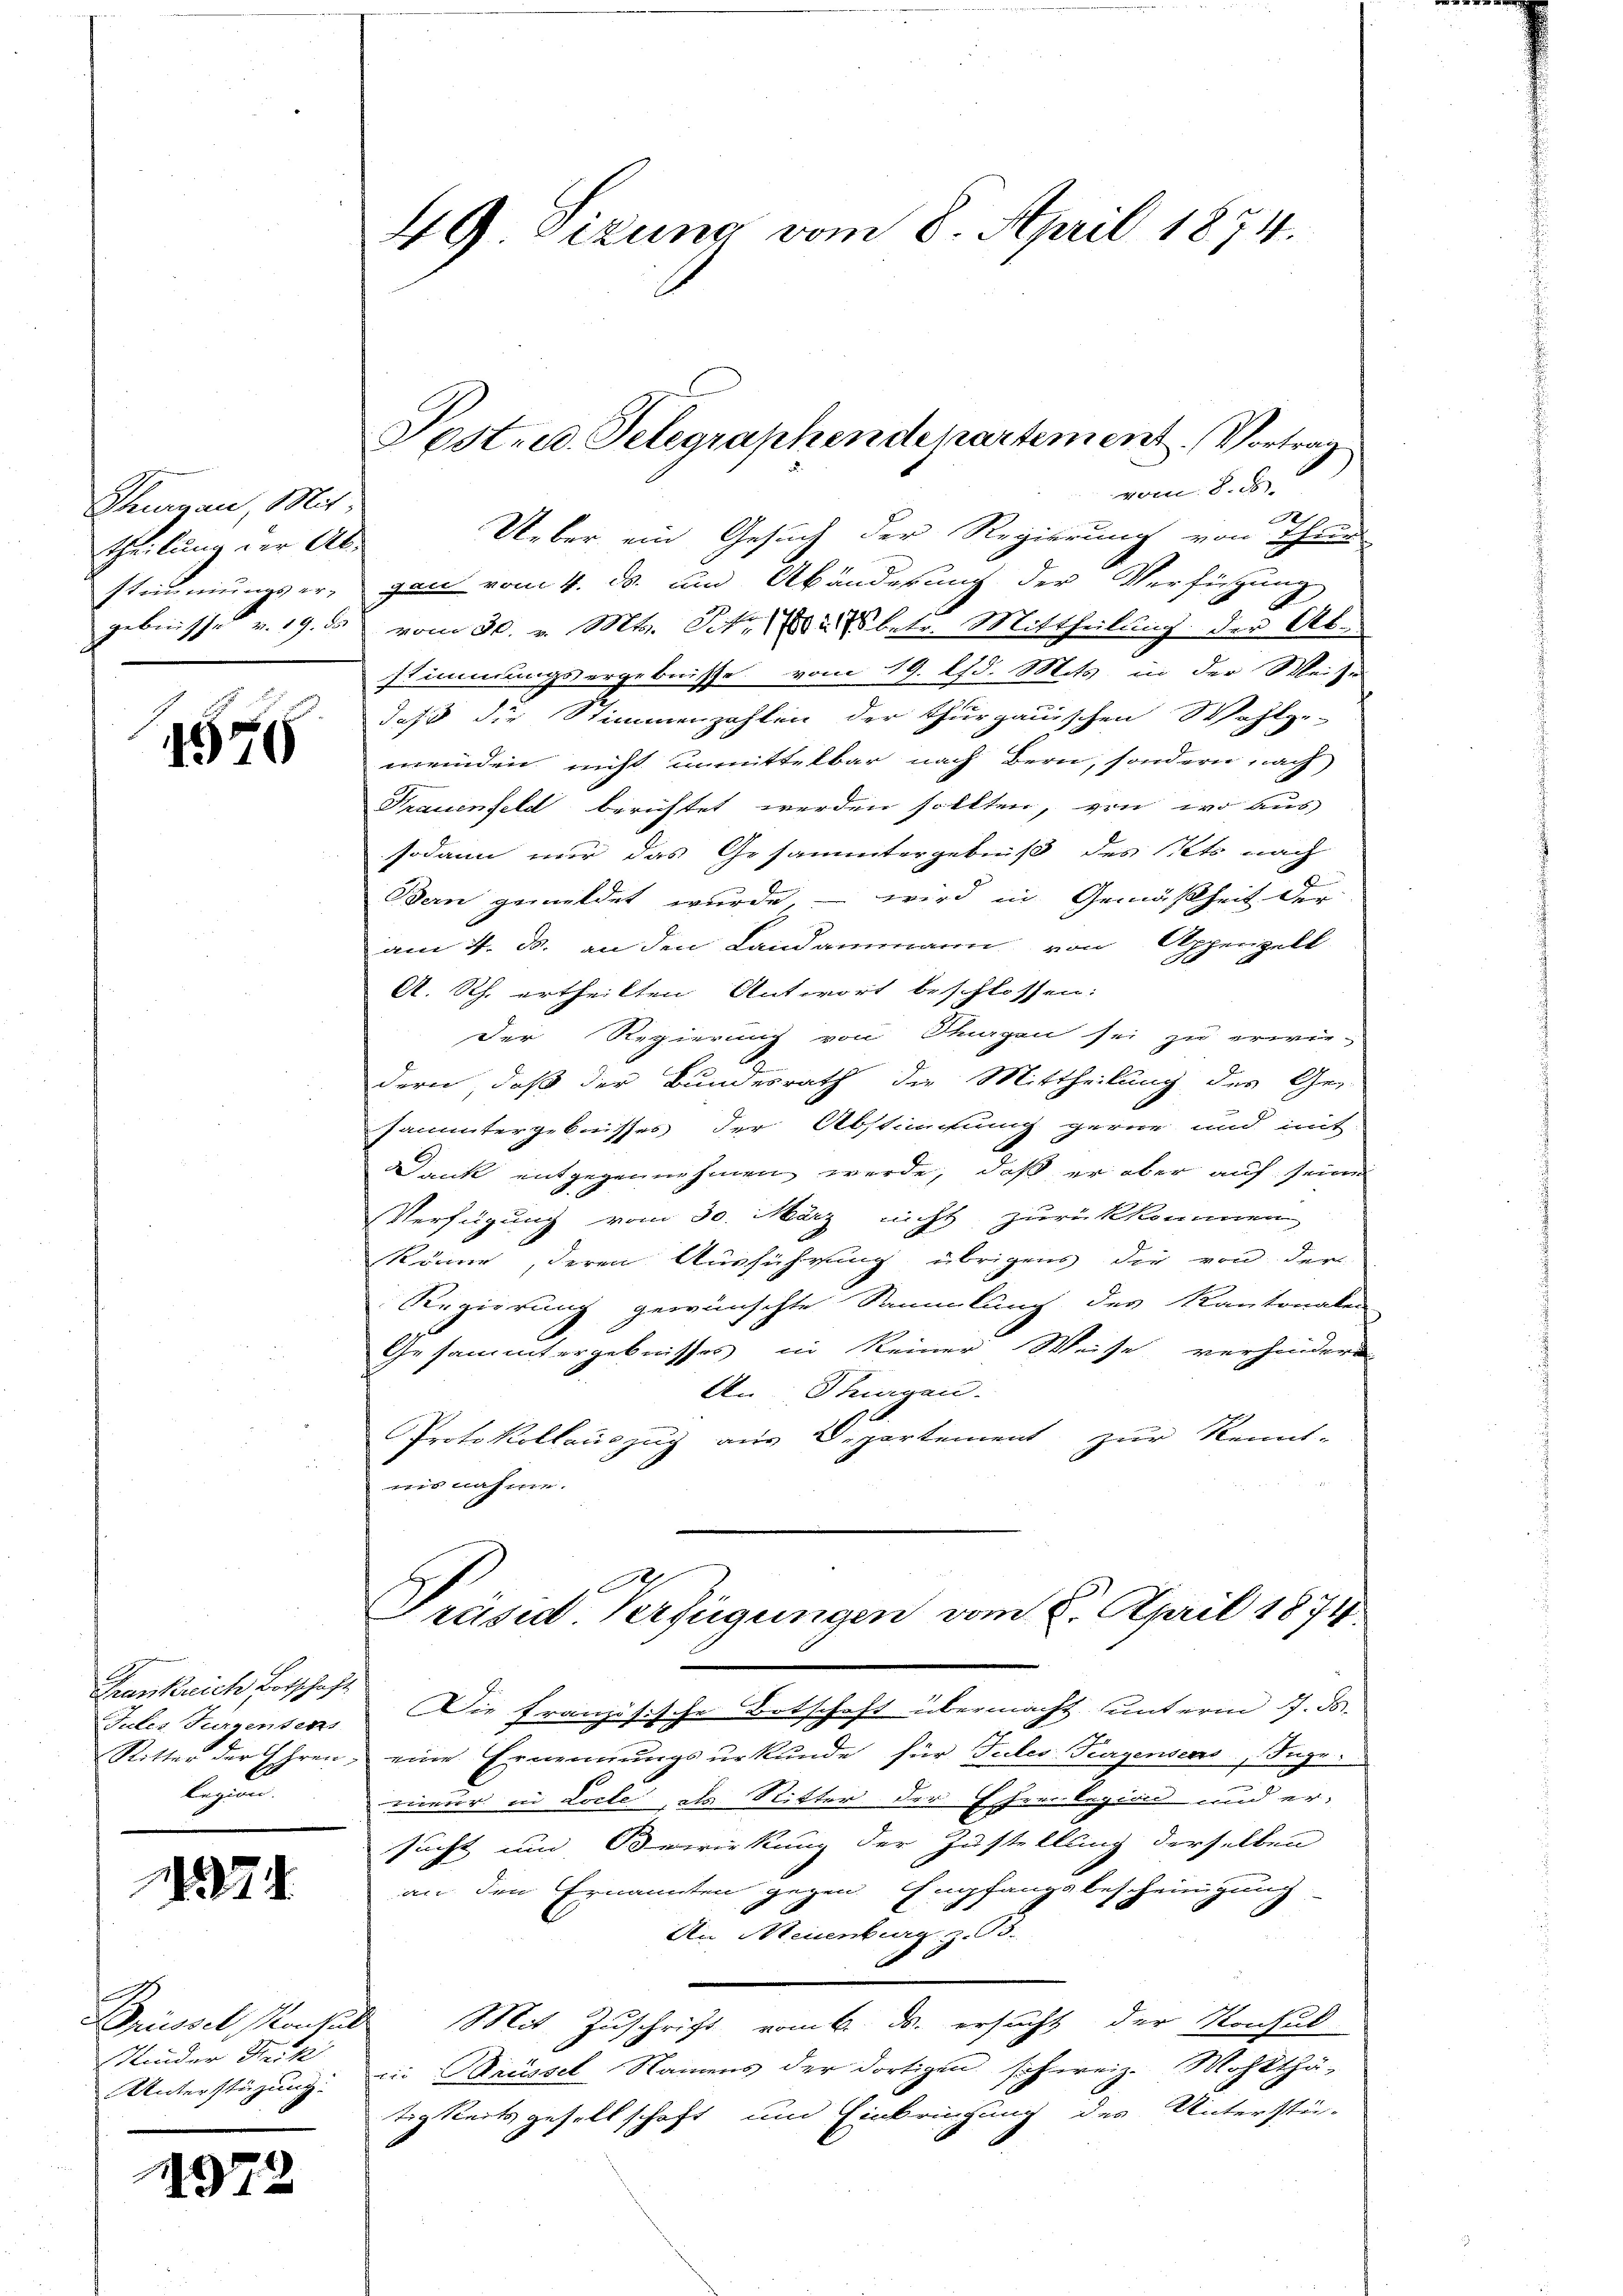
Thurgau, Mit
Theilung der Ab¬

1576

Frankreich Botschaft
Julis Furgensens
bann

1274

vom 8. d.
Ueber ein Gesuch der Regierung von Thur-
stimmungser, gen vom 4. ds. um Abänderung der Verfügung
gebnisse v. 19. ds vom 30. v. Mts. Petr. 1882 betr. Mittheilung der Abstimmungsergebnisse vom 19. lfd. Mits in der Weise
daß die Stimmenzahlen der thurgauischen Wahlge-
meinden nicht unmittelbar nach Bern, sondern nach
Frauenfeld berichtet werden sollten, von wo aus
sodann nur das Gesammtergebniß des Pets nach
Bern gemildet wurde, – wird in Gemäßheit der
am 4. M. an den Landammann von Appenzell
A. Rh. ertheilten Antwort beschlossen:
der Regierung von Magen sei zu erwie-
dern, daß der Bundesrath die Mittheilung des Ge-
Jantergebnisses der Abstimmung gerne und mit-
Dank entgegennehmen werde, daß er aber auf seine
Verfügung vom 30. März nicht zurückkommen
Könne, deren Ausführung übrigens die von der
Regierung gewünschte Sammlung des Kantonalen
Gesammtergebnisses in keiner Weise verhindern
An Stungen.
Protokollauszug aus Departement zur Kennt-
nis nahme.

.
rüssel, Konsul
Minder Rück
Unterstüzung.

1972

49 Sizung vom 8. April 1874.

Post- u. Telegraphendepartement. Vortrag

Präsid Verfügungen vom 8. April 1874.

Die Französische Botschaft übermacht unterm 17. ds.
Ritter der Ehren, eine Ernennungsurkunde für Tules Fragensens, Juge.
rieur in Locle, als Ritter der Eher bezion und ersucht um Bewirkung der Zustellung derselben
an den Ernannten gegen Empfangsbescheinigung
An Neuenburg z. B.
Mit Zuschrift vom 6. ds. ersucht der Konsul
Die Trüssel Namens der dortigen schweiz. Wohlthä-
tigkeitsgesellschaft und Einbringung des Unterstü-